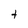
Character: t